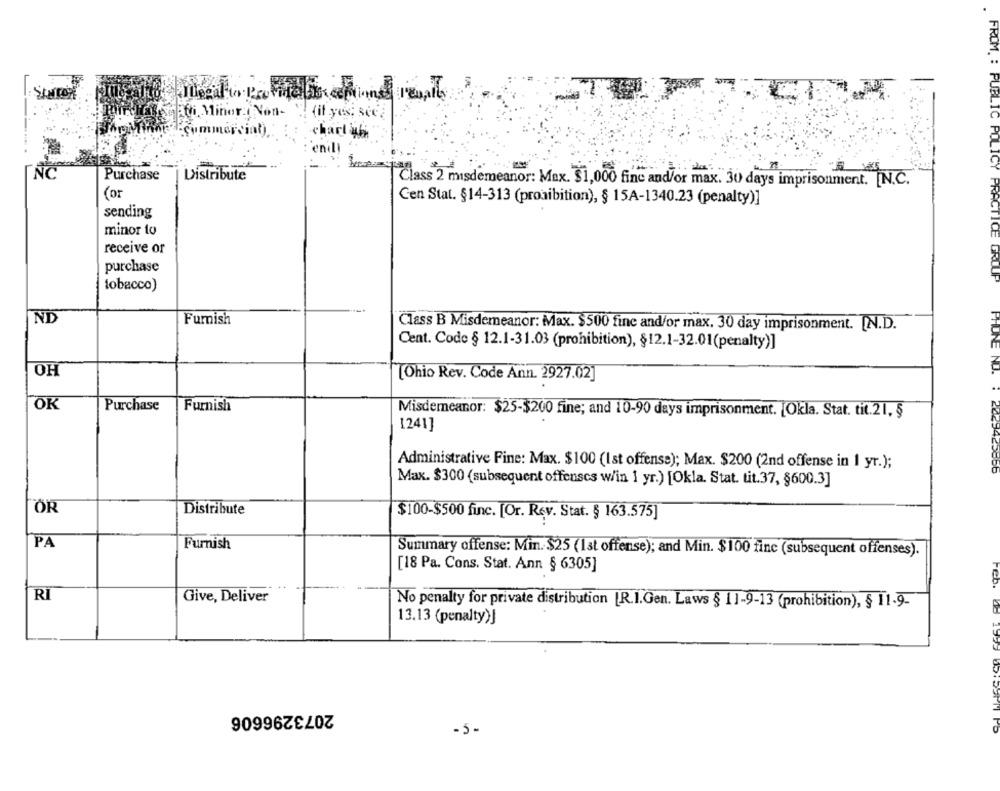
ifi Minora Non-
{if yes; see.
chart yh
enili
NO
Purchase
Distribute
Class 2 misdemeanor: Max. $1,000 fine and/or max. 30 days imprisonment. [N.C.
(or
Cen Stat. §14-313 (proaibition), § 15A-1340.23 (penalty)]
sending
minor to
receive or
purchase
FROM : PUBLIC POLICY PRACTICE GROUP
tobacco)
ND
Furnish
Class B Misdemeanor: Max. $500 fine and/or max. 30 day imprisonment. [N.D.
Cent. Code § 12.1-31.03 (prohibition), §12.1-32.01(penalty)]
OH
[Ohio Rev. Code Ann. 2927.02]
OK
Purchase
Furnish
Misdemeanor: $25-$200 fine; and 10-90 days imprisonment. [Okla. Stat. tit.21, §
1241]
Administrative Fine: Max. $100 (Ist offense); Max. $200 (2nd offense in 1 yr.);
FHUNE NU. . 2643425366
Max. $300 (subsequent offenses w/in 1 yr.) [Okla. Stat. tit.37, §600.3]
ÖR
Distribute
$100-$500 fine. [Or. Rev. Stat. § 163.575]
PA
Furnish
Summary offense: Min. $25 (1st offense); and Min. $100 fine (subsequent offenses).
[18 Pa. Cons. Stat. Ann § 6305]
RI
Give, Deliver
No penalty for private distribution [R.I.Gen. Laws § 11-9-13 (prohibition), § 11.9-
13.13 (penalty)]
2073296606
-5-